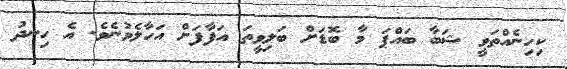
ކިހިނެއްތަވީ ޝަބާ ބައްޕަ މާ ބޮޑަށް ބަލިވީތަ އަފާފަށް އަހާލެވުނެވެ. އެ ހިނދު